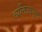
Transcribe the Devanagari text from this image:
व्यक्तित्वयुक्त